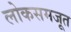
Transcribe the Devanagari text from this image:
लोकसमजूत